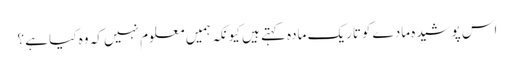
اس پوشیدہ مادے کوتاریک مادہ کہتے ہیں کیونکہ ہمیں معلوم نہیں کہ وہ کیا ہے ؟